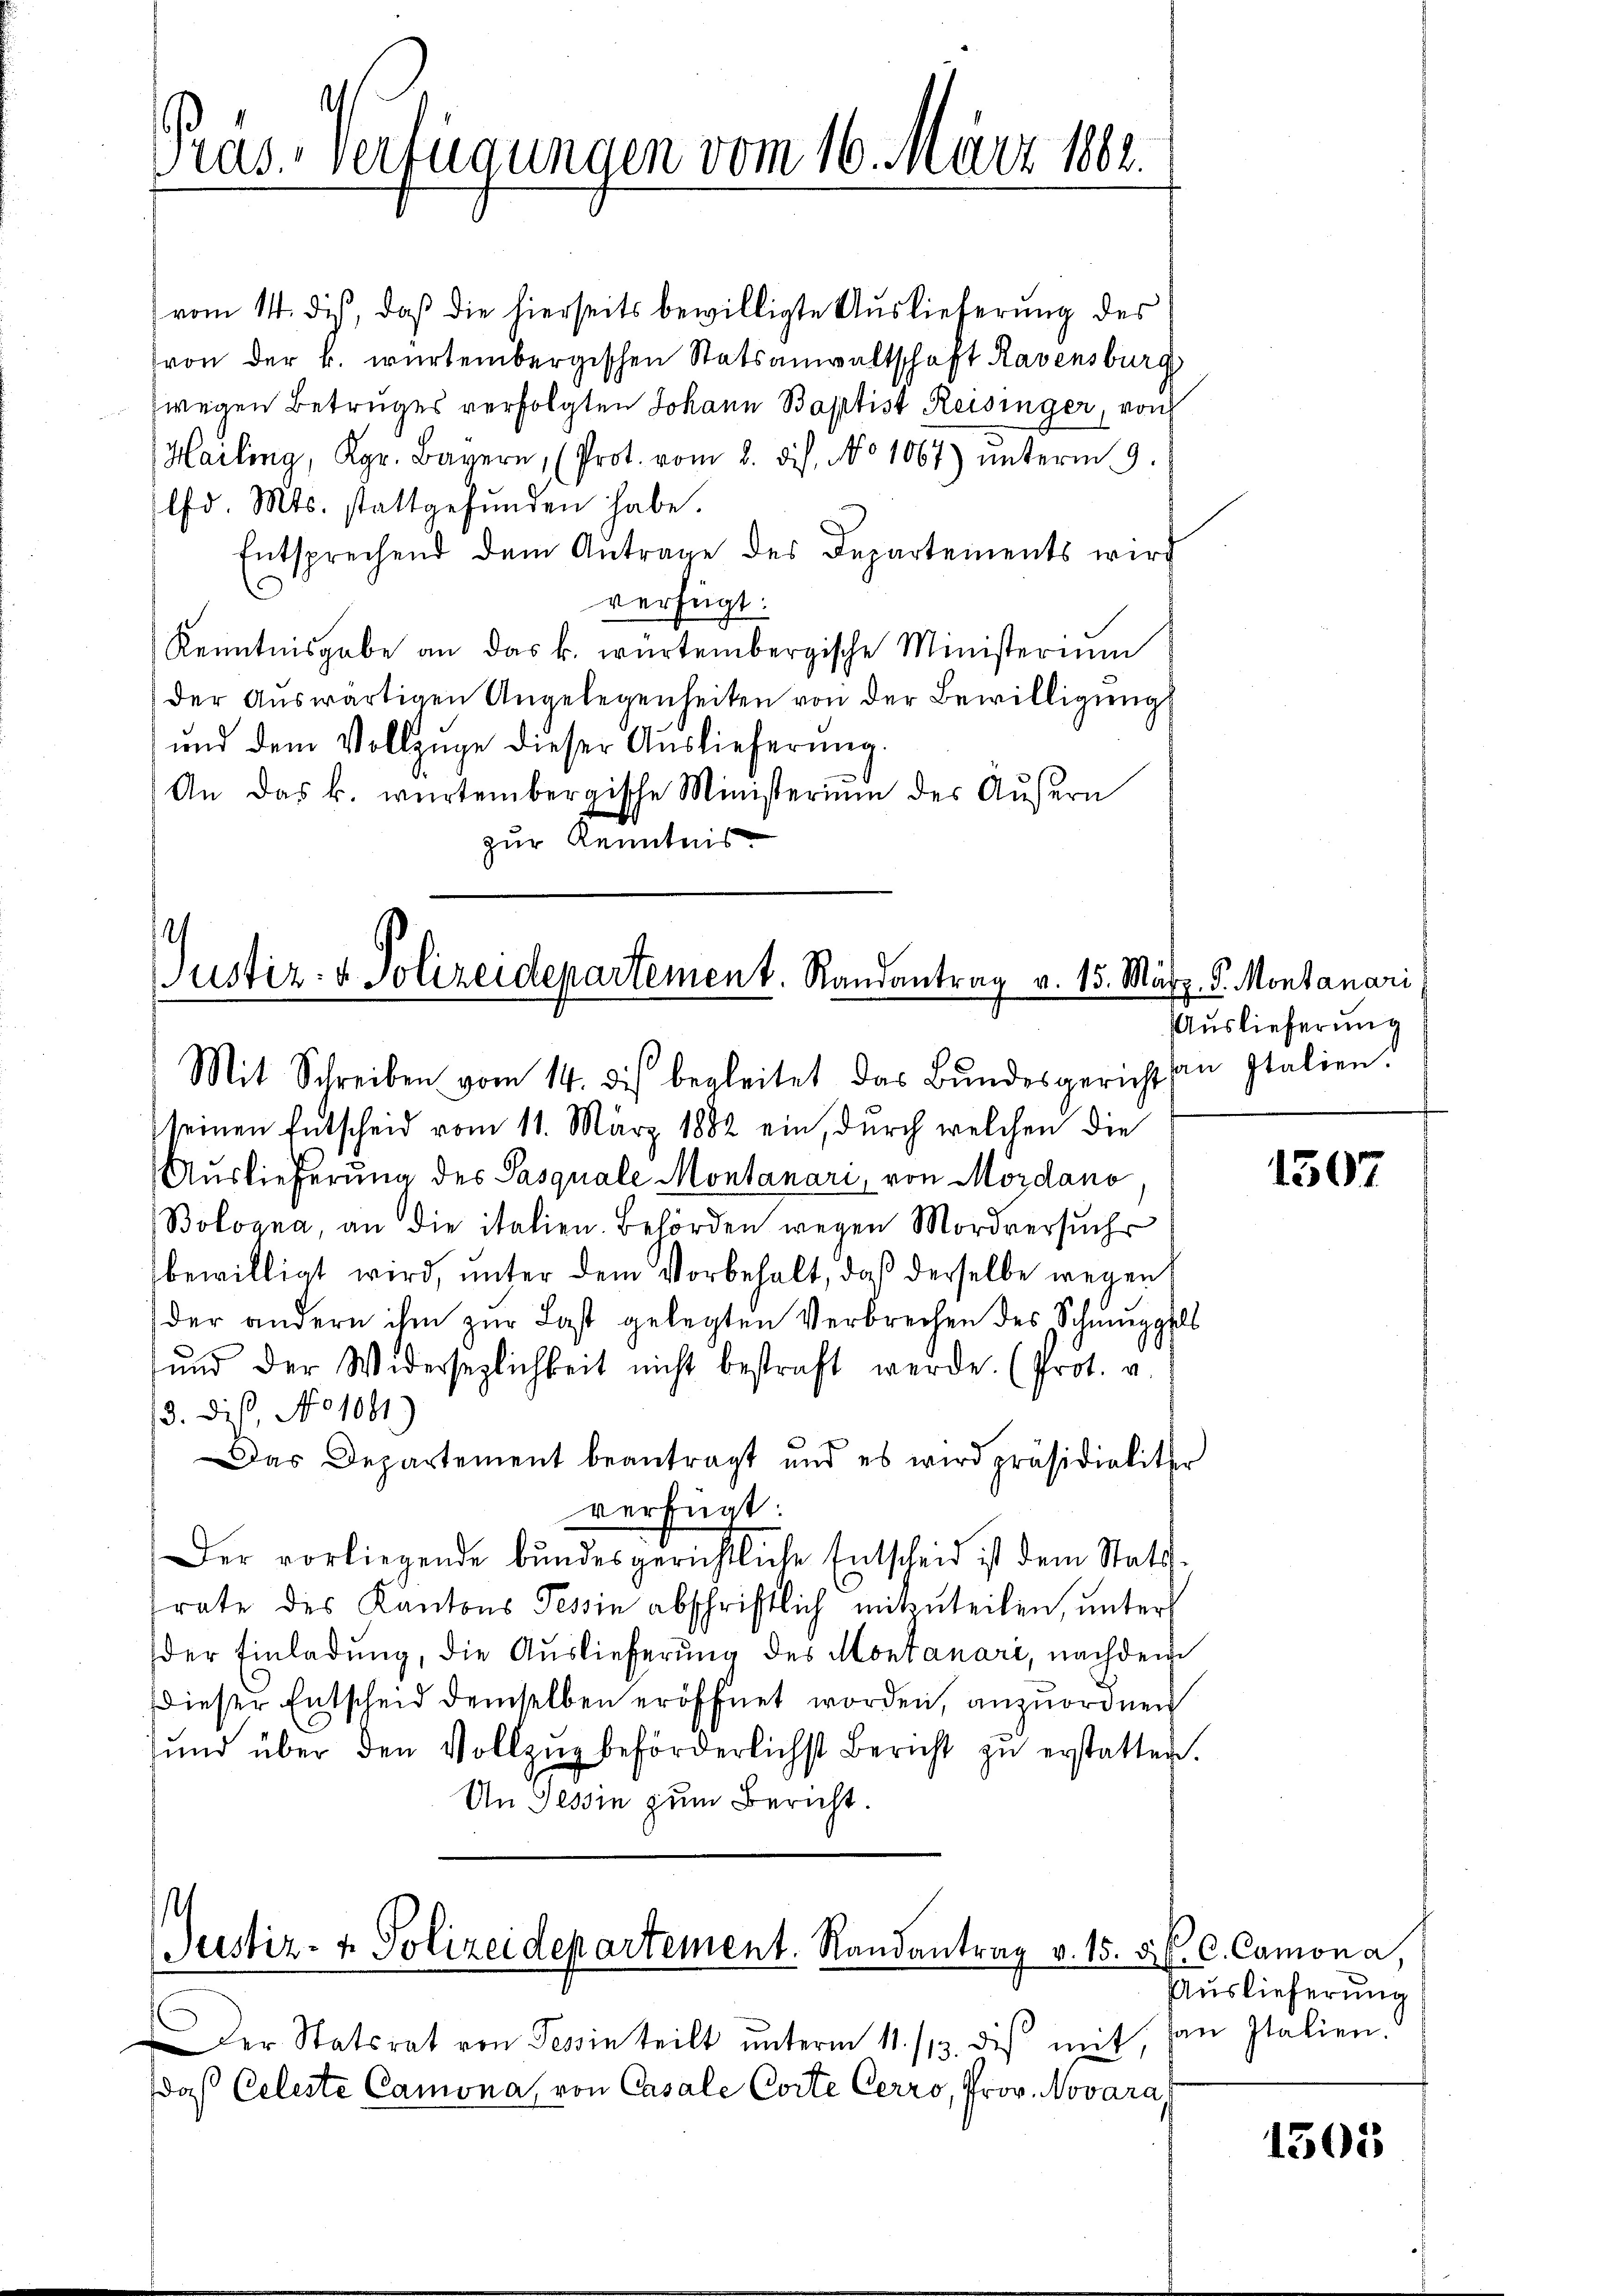
vom 14. dis, daß die hierseits bewilligte Auslieferung des
von der k. würtembergischen Statsanwaltschaft Ravensburg
wegen Betruges verfolgten Johann Baptist Reisinger, von
Hailing, Kgr. Bayern, (Prot. vom 8. ds. No 1067) unterm 9.
ld. Mts. stattgefŭnden habe.
Entsprechend dem Antrage des Departements wird
.
verfügt:
Kenntnisgabe an das k. würtembergische Ministerium
der Auswärtigen Angelegenheiten von der Bewilligung
und dem Vollzüge dieser Auslieferung.
An das k. würtembergische Ministerium des Aŭsern
zur Kenntnis

Pras. verfügungen vom 16. März 1882.

Justiz- & Polizeidepartement. Randantrag v. 15. März. S. Montanari
Mit Schreiben vom 14. dis begleitet das Bŭndesgerichten Italien.

seinen Entscheid vom 11. März 1882 ein, durch welchen die
Auslieferung des Pasquale Montanari, von Mordano
Bologna, an die italien. Behörden wegen Mordversuchs
bewilligt wird, unter dem Vorbehalt, daß derselbe wegen
der andern ihm zur Last gelegten Verbrechen des Schuppels
und der Widersezlichkeit nicht bestraft werde. (Prot. v.
3. dis, No 1081.)
Das Departement beantragt und es wird präsidialiter
verfügt:
Der vorliegende bŭndesgerichtliche Entscheid ist dem Statt-
trate des Kantons Tessin abschriftlich mitzuteilen, unters
der Einladung, die Auslieferung des Montanari, nachdem
Dieser Entscheid demselben eröffnet worden, anzuordnen
und über den Vollzug beförderlichst Bericht zu erstatten.
Un Tessin zum Bericht.

s
Justiz- & Polizeidepartement. Randantrag v. 15. 5. P. C. Camona,

Auslieferung

der Statsrat von Tessin teilt ŭnterm 11. /13. die mit, son Italien.
daβ Celeste Camona von Casale Corte Cerro, Prov. Novara,

1307

Auslieferung

1505